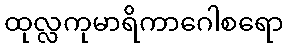
ထုလ္လကုမာရိကာဂေါစရော